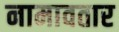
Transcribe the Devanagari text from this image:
नामावतार